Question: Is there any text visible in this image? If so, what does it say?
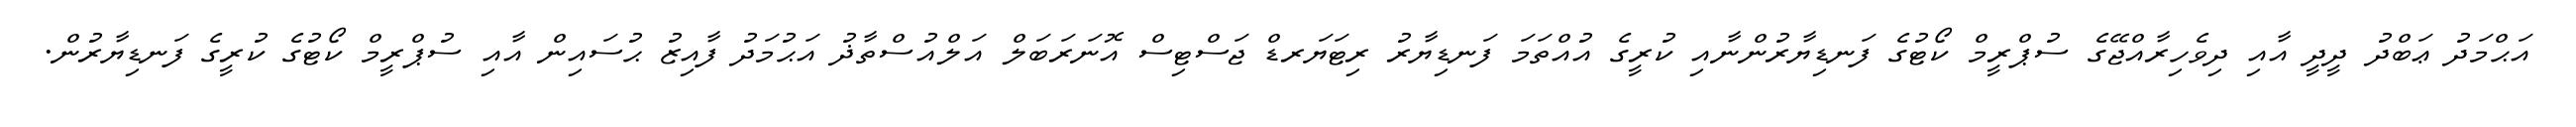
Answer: އަޙްމަދު ޢަބްދު ދީދީ އާއި ދިވެހިރާއްޖޭގެ ސުޕްރީމް ކޯޓުގެ ފަނޑިޔާރުންނާއި ކުރީގެ އުއްތަމަ ފަނޑިޔާރު ރިޓަޔަރޑް ޖަސްޓިސް އޮނަރަބަލް އަލްއުސްތާޛު އަޙުމަދު ފާއިޒު ޙުސައިން އާއި ސުޕްރީމް ކޯޓުގެ ކުރީގެ ފަނޑިޔާރުން.